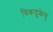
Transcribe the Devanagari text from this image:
त्रिकद्रुकेषु